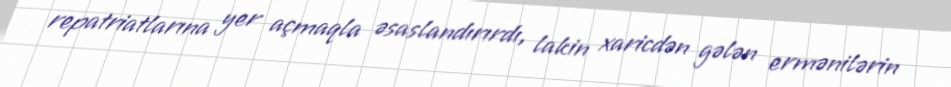
repatriatlarına yer açmaqla əsaslandırırdı, lakin xaricdən gələn ermənilərin